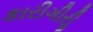
કારીગીરીૢ